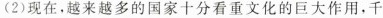
（2）现在，越来越多的国家十分看重文化的巨大作用，千